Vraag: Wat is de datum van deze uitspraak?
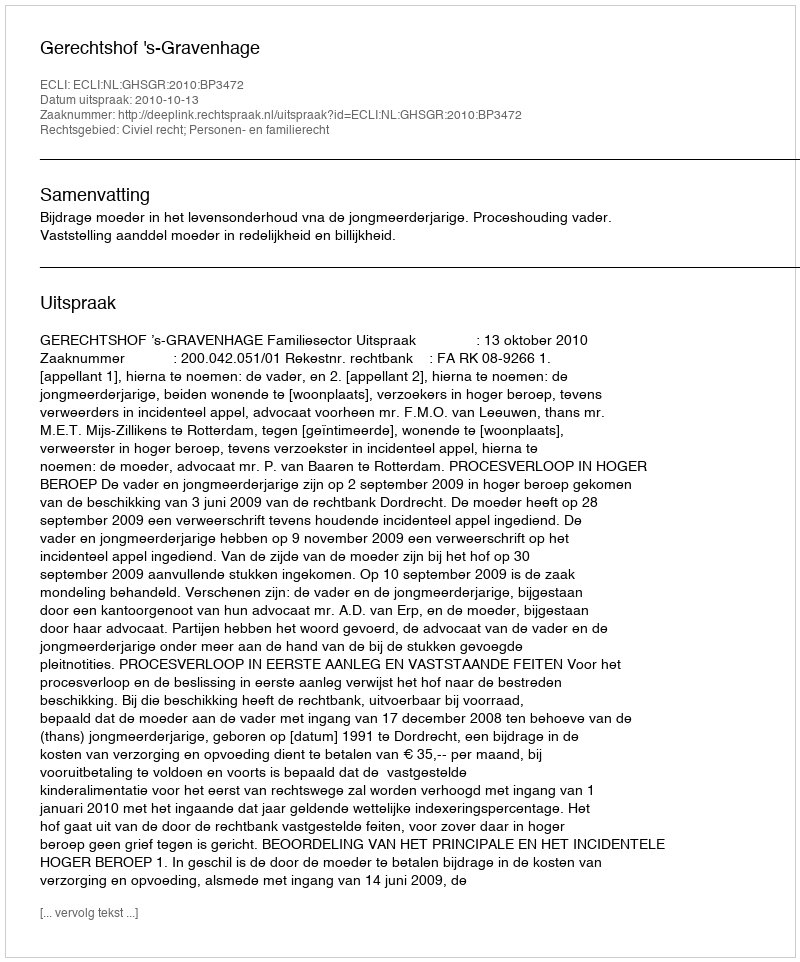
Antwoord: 2010-10-13